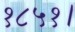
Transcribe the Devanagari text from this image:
१८५१।